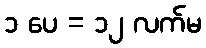
၁ ပေ = ၁၂ လက်မ